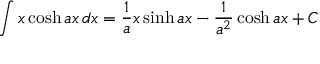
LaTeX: \int x \cosh a x \, d x = { \frac { 1 } { a } } x \sinh a x - { \frac { 1 } { a ^ { 2 } } } \cosh a x + C